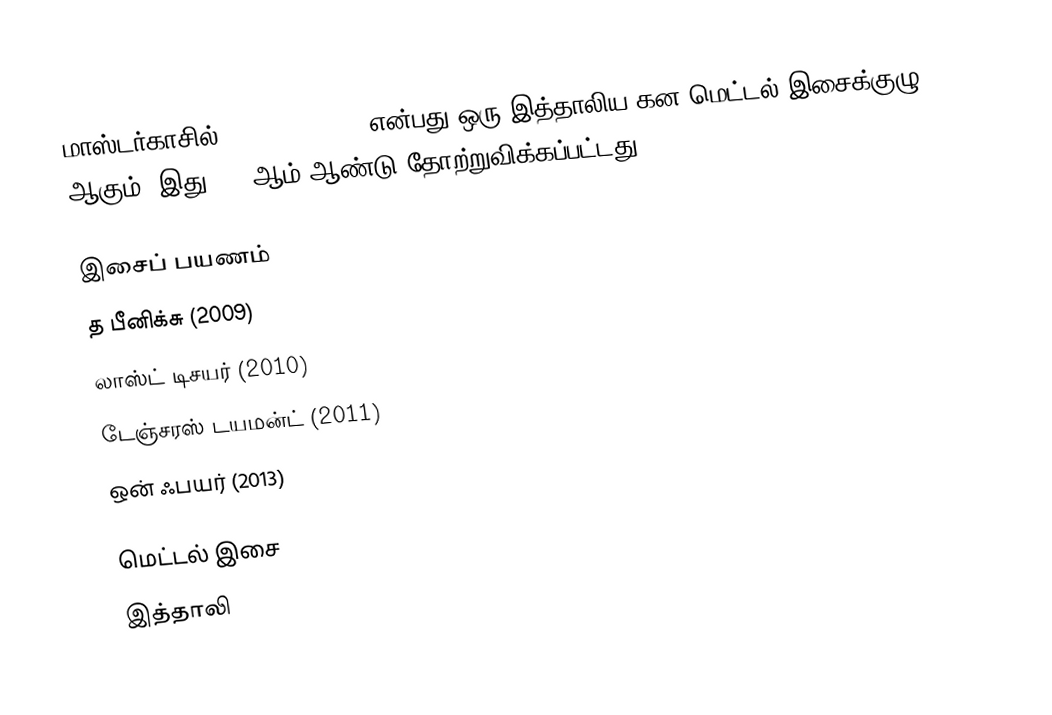
மாஸ்டர்காசில் (Mastercastle) என்பது ஒரு இத்தாலிய கன மெட்டல் இசைக்குழு ஆகும். இது 2008ஆம் ஆண்டு தோற்றுவிக்கப்பட்டது.

இசைப் பயணம்
 த பீனிக்சு (2009)
 லாஸ்ட் டிசயர் (2010)
 டேஞ்சரஸ் டயமன்ட் (2011)
 ஒன் ஃபயர் (2013)

மெட்டல் இசை
இத்தாலி